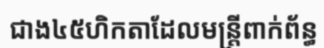
ជាង៤៥ហិកតាដែលមន្ត្រីពាក់ព័ន្ធ